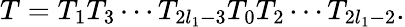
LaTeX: T=T_{1}T_{3}\cdots T_{2l_{1}-3}T_{0}T_{2}\cdots T_{2l_{1}-2}.